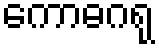
ကောဓဂရု